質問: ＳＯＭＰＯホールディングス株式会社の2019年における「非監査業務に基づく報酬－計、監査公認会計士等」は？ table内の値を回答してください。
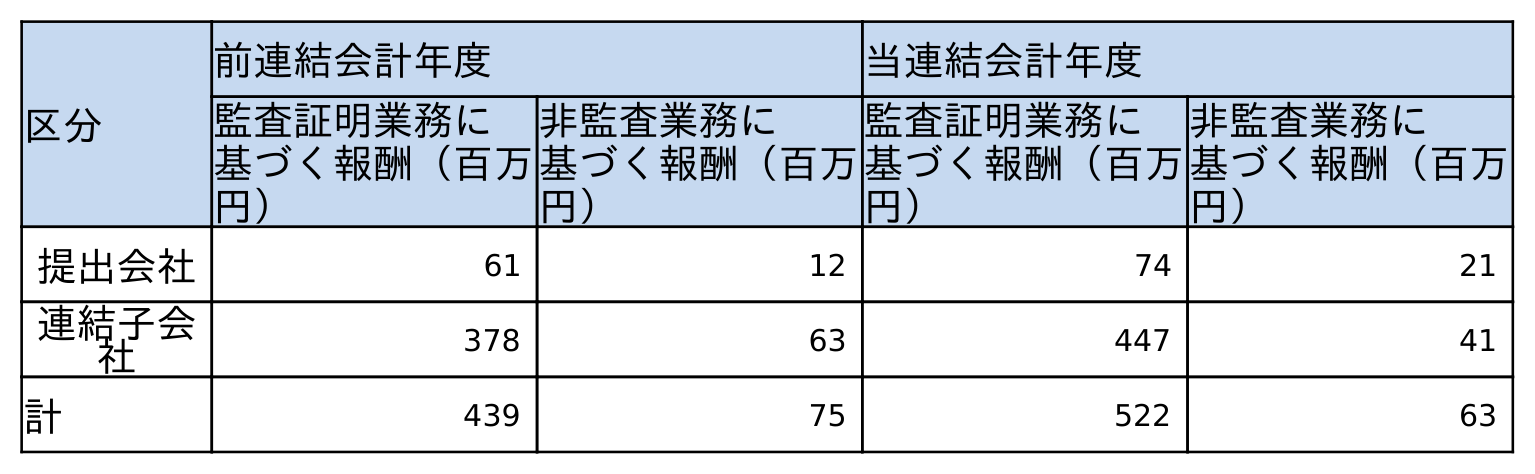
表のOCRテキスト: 区分 前連結会計年度 当連結会計年度 監査証明業務に 基づく報酬（百万 円） 非監査業務に 基づく報酬（百万 円） 監査証明業務に 基づく報酬（百万 円） 非監査業務に 基づく報酬（百万 円） 提出会社 61 12 74 21 連結子会 社 378 63 447 41 計 439 75 522 63
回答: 75